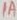
Text: 1A